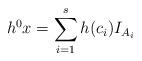
LaTeX: \begin{align*} h^0x=\sum\limits_{i=1}^sh(c_i)I_{A_i} \end{align*}